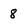
Character: 8